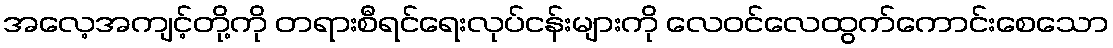
အလေ့အကျင့်တို့ကို တရားစီရင်ရေးလုပ်ငန်းများကို လေဝင်လေထွက်ကောင်းစေသော